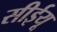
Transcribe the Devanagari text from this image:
सीईयू